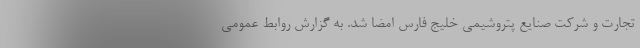
تجارت و شرکت صنایع پتروشیمی خلیج فارس امضا شد. به گزارش روابط عمومی